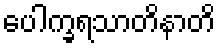
ပေါက္ခရသာတိနာတိ